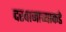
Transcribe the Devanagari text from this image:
दरवाजाच्याकडे